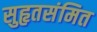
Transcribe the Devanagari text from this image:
सुहृतसंमित